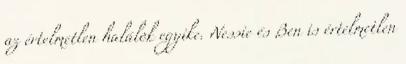
az értelmetlen halálok egyike. Nessie és Ben is értelmetlen